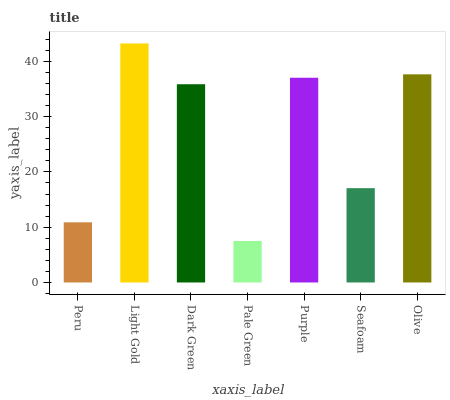
| xaxis_label | bars |
 | --- | --- |
 | Peru | 10.9 |
 | Light Gold | 43.3 |
 | Dark Green | 35.9 |
 | Pale Green | 7.51 |
 | Purple | 37 |
 | Seafoam | 17.1 |
 | Olive | 37.7 |